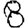
Digit: 8